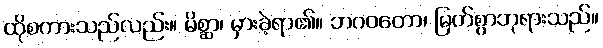
ထိုစကားသည်လည်း။ မိစ္ဆာ၊ မှားခဲ့ရာ၏။ ဘဂဝတော၊ မြတ်စွာဘုရားသည်။